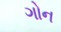
ગોન